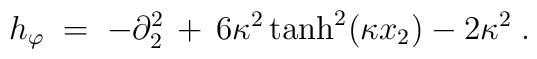
h_\varphi \;=\; -\partial_2^2 \,+\, 6 \kappa^2 \tanh^2(\kappa x_2) - 2 \kappa^2 \;.